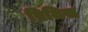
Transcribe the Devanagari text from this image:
ब्रितिस